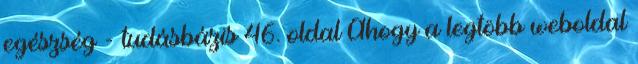
egészség - tudásbázis 46. oldal Ahogy a legtöbb weboldal